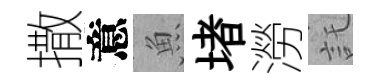
撒意魚堵澇託